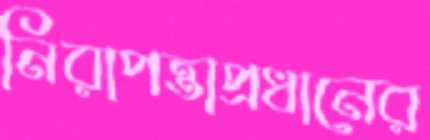
নিরাপত্তাপ্রধানের